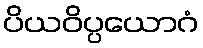
ပိယဝိပ္ပယောဂံ